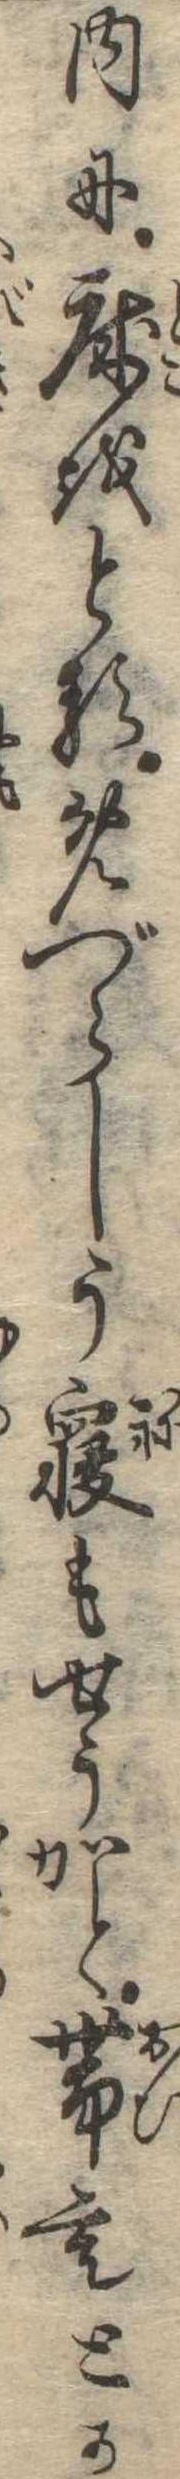
内に床をとるめづらしう寝もせうかと帯もとか